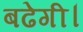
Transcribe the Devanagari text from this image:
बढेगी।